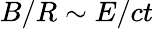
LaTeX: B/R\sim E/ct